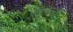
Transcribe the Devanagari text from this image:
इकोल्स